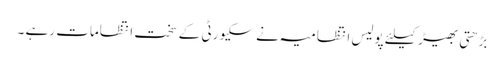
بڑھتی بھیڑ کیلئے پولیس انتظامیہ نے سکیورٹی کے سخت انتظامات رہے ۔